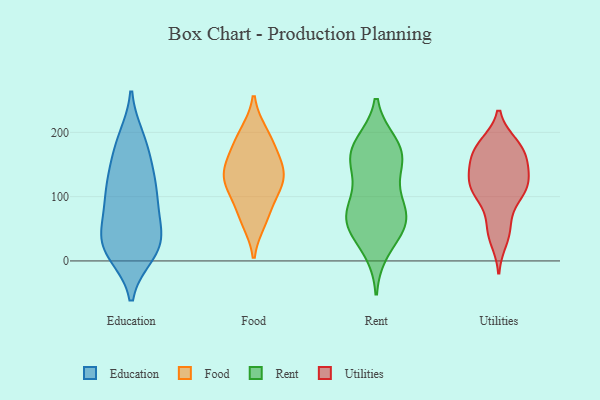
{"axis": {"x": "Production Output", "y": "Value"}, "legend": ["Education", "Food", "Rent", "Utilities"], "data": [{"x": "", "y": 79, "type": "Education"}, {"x": "", "y": 16, "type": "Education"}, {"x": "", "y": 13, "type": "Education"}, {"x": "", "y": 135, "type": "Education"}, {"x": "", "y": 131, "type": "Education"}, {"x": "", "y": 32, "type": "Education"}, {"x": "", "y": 95, "type": "Education"}, {"x": "", "y": 21, "type": "Education"}, {"x": "", "y": 44, "type": "Education"}, {"x": "", "y": 11, "type": "Education"}, {"x": "", "y": 187, "type": "Education"}, {"x": "", "y": 97, "type": "Education"}, {"x": "", "y": 191, "type": "Education"}, {"x": "", "y": 114, "type": "Education"}, {"x": "", "y": 28, "type": "Education"}, {"x": "", "y": 80, "type": "Education"}, {"x": "", "y": 46, "type": "Education"}, {"x": "", "y": 144, "type": "Education"}, {"x": "", "y": 178, "type": "Education"}, {"x": "", "y": 140, "type": "Food"}, {"x": "", "y": 195, "type": "Food"}, {"x": "", "y": 161, "type": "Food"}, {"x": "", "y": 67, "type": "Food"}, {"x": "", "y": 111, "type": "Food"}, {"x": "", "y": 126, "type": "Food"}, {"x": "", "y": 199, "type": "Food"}, {"x": "", "y": 62, "type": "Food"}, {"x": "", "y": 136, "type": "Food"}, {"x": "", "y": 99, "type": "Food"}, {"x": "", "y": 130, "type": "Food"}, {"x": "", "y": 170, "type": "Food"}, {"x": "", "y": 63, "type": "Rent"}, {"x": "", "y": 180, "type": "Rent"}, {"x": "", "y": 167, "type": "Rent"}, {"x": "", "y": 59, "type": "Rent"}, {"x": "", "y": 152, "type": "Rent"}, {"x": "", "y": 162, "type": "Rent"}, {"x": "", "y": 62, "type": "Rent"}, {"x": "", "y": 65, "type": "Rent"}, {"x": "", "y": 105, "type": "Rent"}, {"x": "", "y": 76, "type": "Rent"}, {"x": "", "y": 20, "type": "Rent"}, {"x": "", "y": 169, "type": "Rent"}, {"x": "", "y": 103, "type": "Utilities"}, {"x": "", "y": 32, "type": "Utilities"}, {"x": "", "y": 179, "type": "Utilities"}, {"x": "", "y": 128, "type": "Utilities"}, {"x": "", "y": 108, "type": "Utilities"}, {"x": "", "y": 154, "type": "Utilities"}, {"x": "", "y": 129, "type": "Utilities"}, {"x": "", "y": 168, "type": "Utilities"}, {"x": "", "y": 109, "type": "Utilities"}, {"x": "", "y": 158, "type": "Utilities"}, {"x": "", "y": 50, "type": "Utilities"}, {"x": "", "y": 121, "type": "Utilities"}, {"x": "", "y": 182, "type": "Utilities"}, {"x": "", "y": 182, "type": "Utilities"}, {"x": "", "y": 147, "type": "Utilities"}, {"x": "", "y": 55, "type": "Utilities"}, {"x": "", "y": 102, "type": "Utilities"}]}